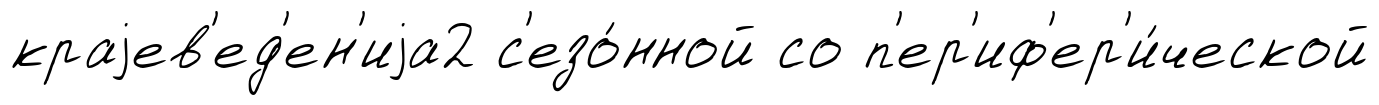
краjев'ед'ен'иjа2 с'езо́нной со п'ер'иф'ер'и́ческой